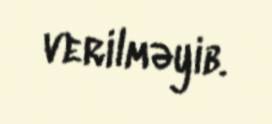
verilməyib.